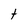
Character: t